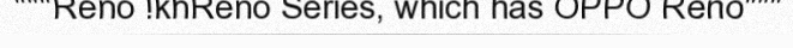
"""Reno !khReno Series, which has OPPO Reno"""